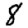
Digit: 8